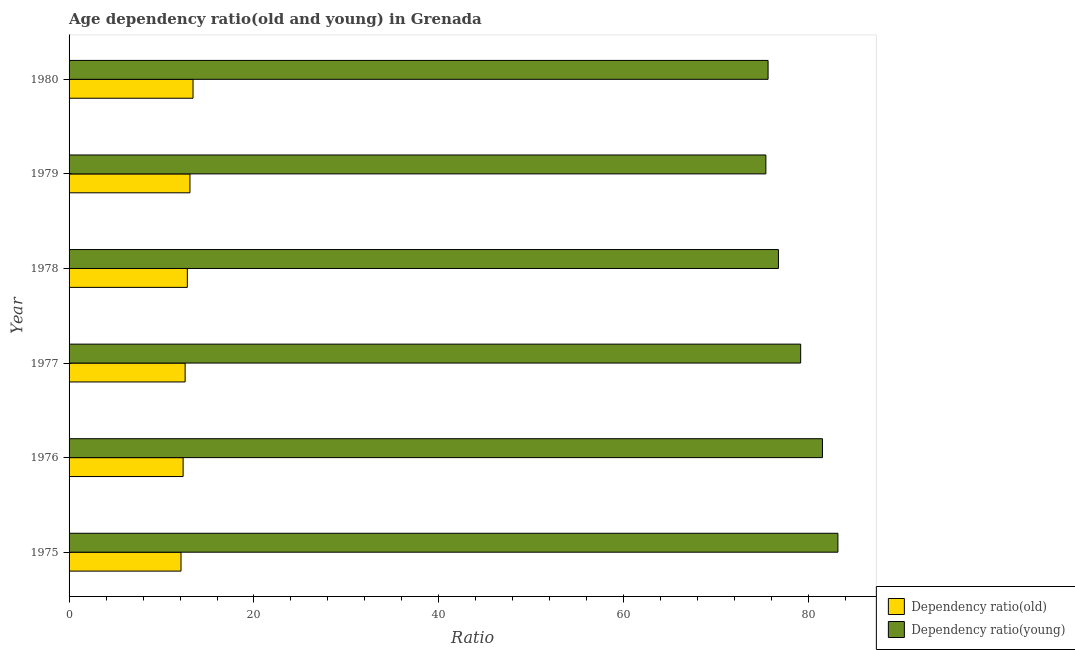
| Year | Dependency ratio(old) | Dependency ratio(young) |
 | --- | --- | --- |
 | 1975 | 12.1 | 83.2 |
 | 1976 | 12.3 | 81.5 |
 | 1977 | 12.6 | 79.1 |
 | 1978 | 12.8 | 76.7 |
 | 1979 | 13.1 | 75.4 |
 | 1980 | 13.4 | 75.6 |